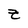
Character: Z